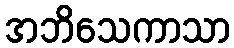
အဘိသေကာသာ